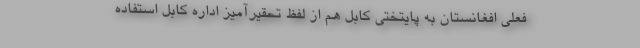
فعلی افغانستان به پایتختی کابل هم از لفظ تحقیرآمیز اداره کابل استفاده